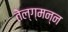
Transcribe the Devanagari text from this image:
तेल्ग्मन्न